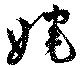
奼